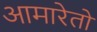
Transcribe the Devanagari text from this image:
आमारेतो